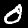
Label: 0